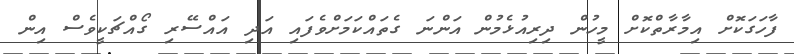
ފާހަގަކޮށް އިމާރާތްކޮށް މީހުން ދިރިއުޅެމުން އަންނަ ގެތައްކަމަށްވެފައި އަދި އައްސޭރި ގޯއްޗަކީވެސް އިން